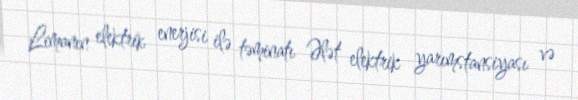
Limanın elektrik enerjisi ilə təminatı Ələt elektrik yarımstansiyası və